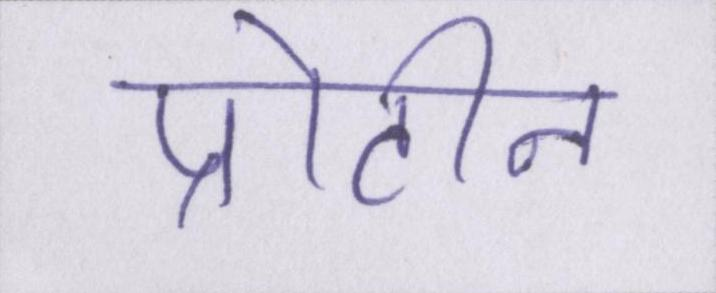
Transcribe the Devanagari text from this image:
प्रोटीन